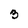
Character: 3